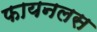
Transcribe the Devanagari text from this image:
फायनलस